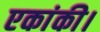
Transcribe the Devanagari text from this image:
एकांकी।